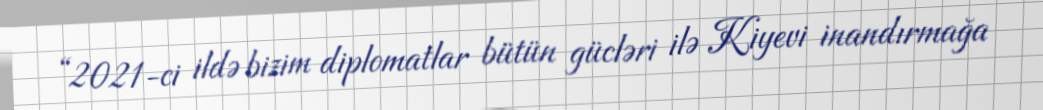
“2021-ci ildə bizim diplomatlar bütün gücləri ilə Kiyevi inandırmağa